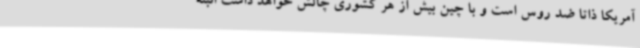
آمریکا ذاتا ضد روس است و با چین بیش از هر کشوری چالش خواهد داشت البته